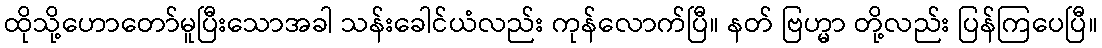
ထိုသို့ဟောတော်မူပြီးသောအခါ သန်းခေါင်ယံလည်း ကုန်လောက်ပြီ။ နတ် ဗြဟ္မာ တို့လည်း ပြန်ကြပေပြီ။